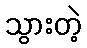
သွားတဲ့